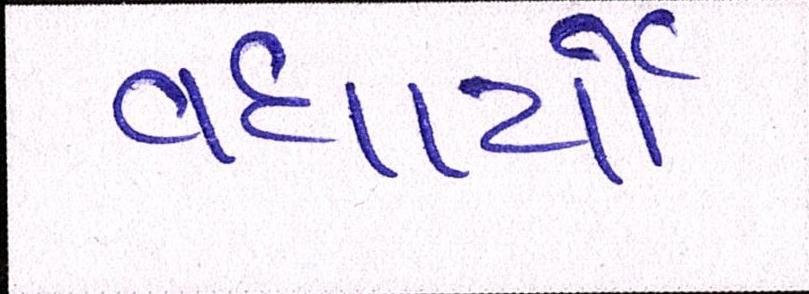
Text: વધાર્યો